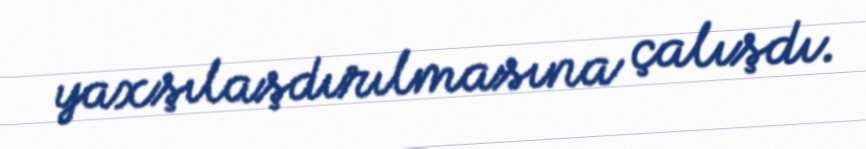
yaxşılaşdırılmasına çalışdı.